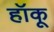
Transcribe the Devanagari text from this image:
हॉकू